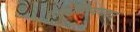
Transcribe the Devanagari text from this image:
हार्मोनियमवर